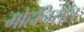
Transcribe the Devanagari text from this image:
मोहनिरास